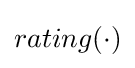
rating(\cdot )